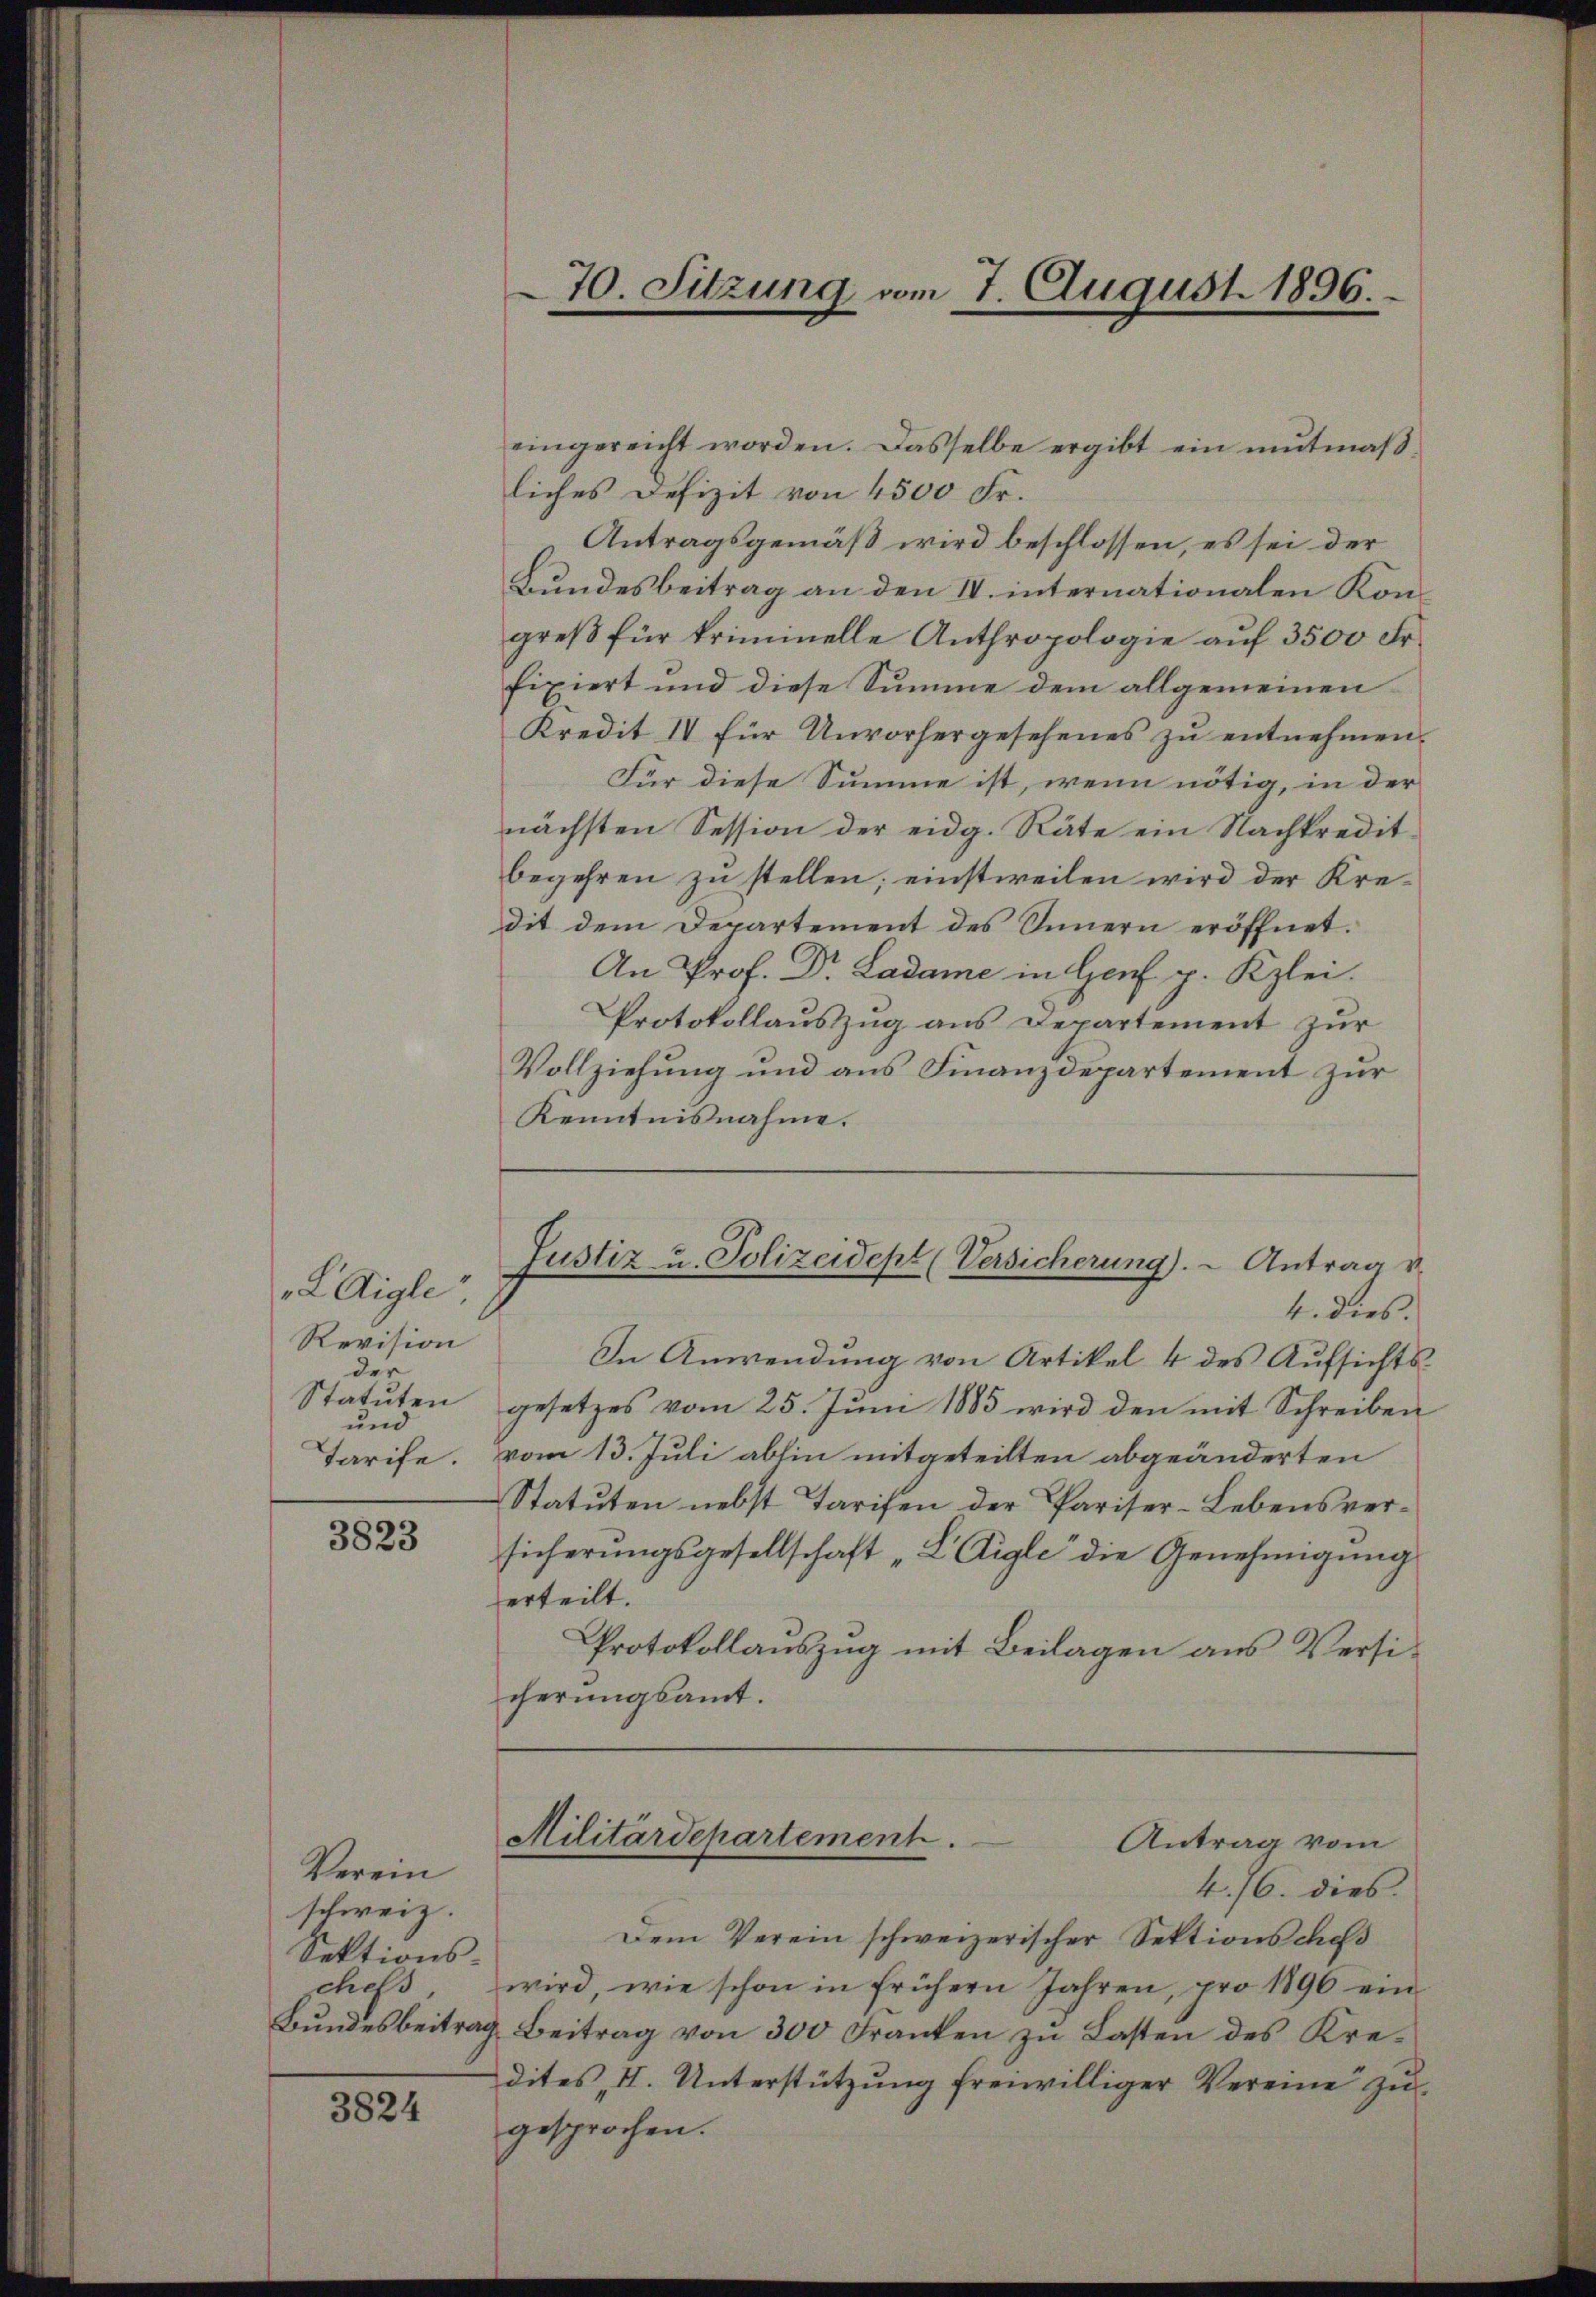
L Aigle
Revision
der
Statuten
und
Tarife.

3823

Verein
schweiz.
Sektions-
chefs,
Bundesbeitra¬

3824

Kenntnisnahme.

eingereicht worden. Dasselbe ergibt ein mŭtmaβ-
liches Defizit von 4500 Fr.
Antragsgemäß wird beschlossen, es sei der
Bundesbeitrag an den IV. internationalen Kongreß für kriminelle Anthropologie auf 3500 Fr.
fixiert und diese Summe dem allgemeinen
Kredit IV für Unvorhergesehenes zu entnehmen.
Für diese Summe ist, wenn nötig, in der
nächsten Session der eidg. Räte ein Nachkredit-
begehren zu stellen; einstweilen wird der Kredit dem Departement des Innern eröffnet.
An Prof. Dr. Ladame in Genf p. Kzlei.
Protokollauszug aus Departement zur
Vollziehung und aus Finanzdepartement zur
4. dies.
In Anwendung von Artikel 4 des Aufsichtsgesetzes vom 25. Juni 1885 wird den mit Schreiben
vom 13. Juli abhin mitgeteilten abgeänderten
Statuten nebst Tarifen der Pariser-Lebensversicherungsgesellschaft „L Aigle die Genehmigung
erteilt.
Protokollauszug mit Beilagen aus Versicherungsamt.
Militärdepartement.
Antrag vom
4./6. dies
Dem Verein schweizerischer Sektionsches
wird, wie schon in frühern Jahren, pro 1896 ein
g. Beitrag von 300 Franken zŭ Lasten des Kre-
dites II. Unterstützung freiwilliger Vereine zu
gesprochen.

70. Sitzung vom 7. August 1896.

Justiz u. Polizeidept (Versicherung). - Antrag v.